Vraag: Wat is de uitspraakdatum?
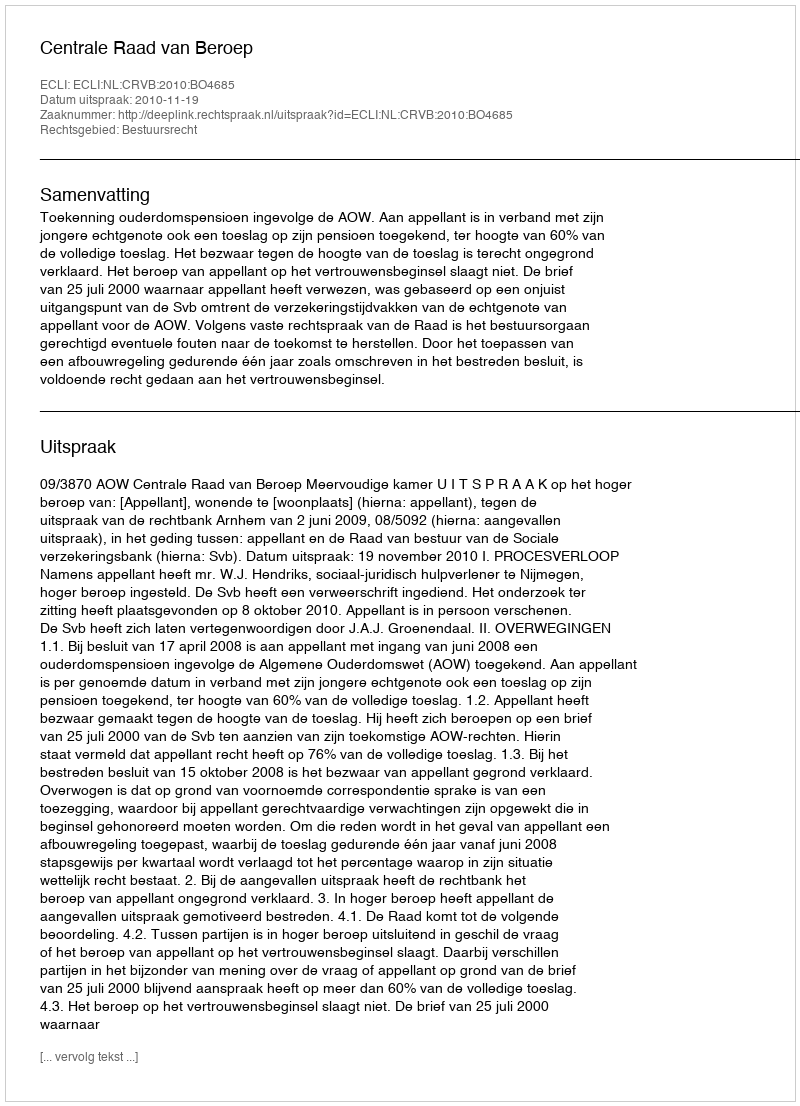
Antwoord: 2010-11-19